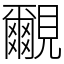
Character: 覼